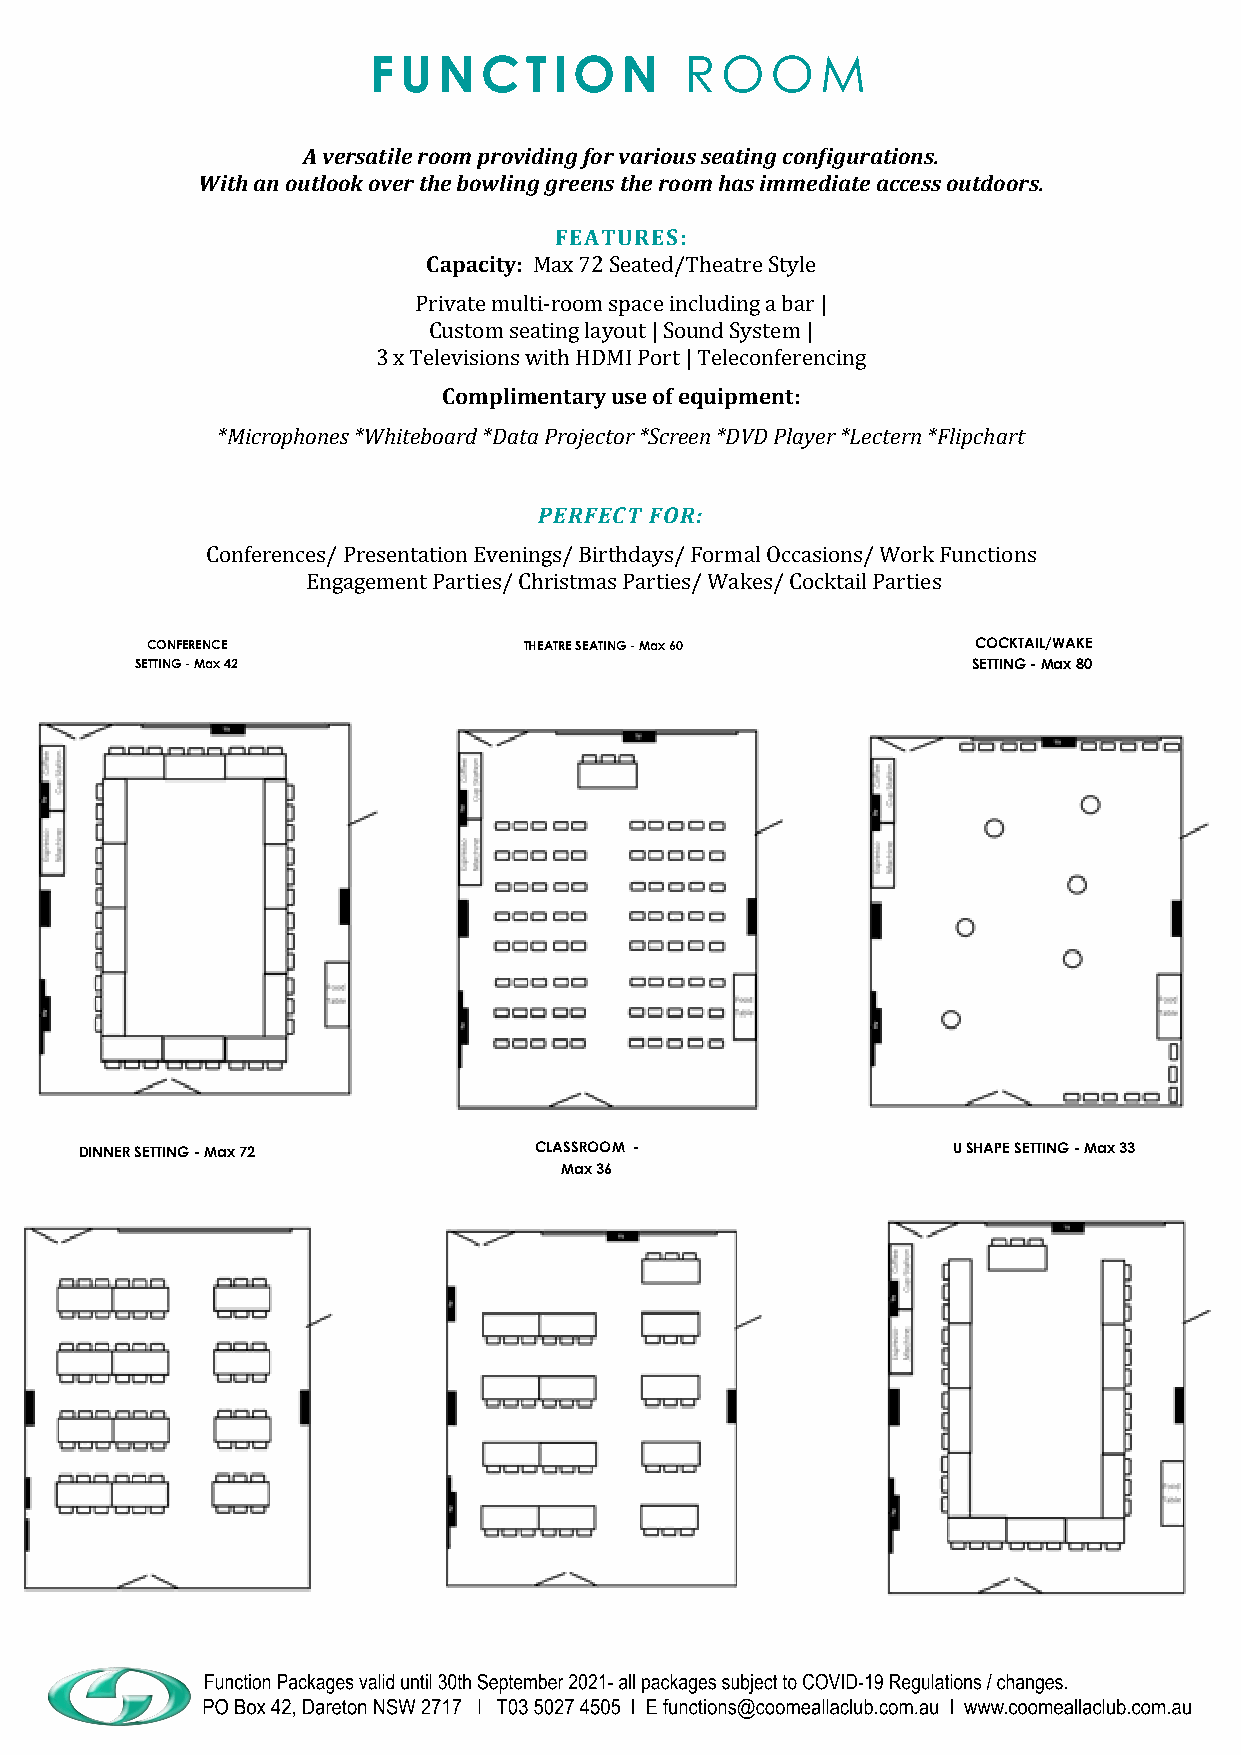
FUNCTION             ROOM
 A versatile room providing for various seating configurations.
 With an outlook over the bowling greens the room has immediate access outdoors.
 FEATURES:
 Capacity: Max 72 Seated/Theatre Style
 Private multi-room space including a bar |
 Custom seating layout | Sound System |
 3 x Televisions with HDMI Port | Teleconferencing
 Complimentary use of equipment:
 *Microphones *Whiteboard *Data Projector *Screen *DVD Player *Lectern *Flipchart
 PERFECT FOR:
 Conferences/ Presentation Evenings/ Birthdays/ Formal Occasions/ Work Functions
 Engagement Parties/ Christmas Parties/ Wakes/ Cocktail Parties
 CONFERENCE               THEATRE SEATING - Max 60     COCKTAIL/WAKE
 SETTING - Max 42                                       SETTING - Max 80
 DINNER SETTING - Max 72       CLASSROOM -                 U SHAPE SETTING - Max 33
 Max 36